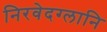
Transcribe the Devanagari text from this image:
निरवेदग्लानि